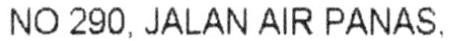
NO 290, JALAN AIR PANAS,